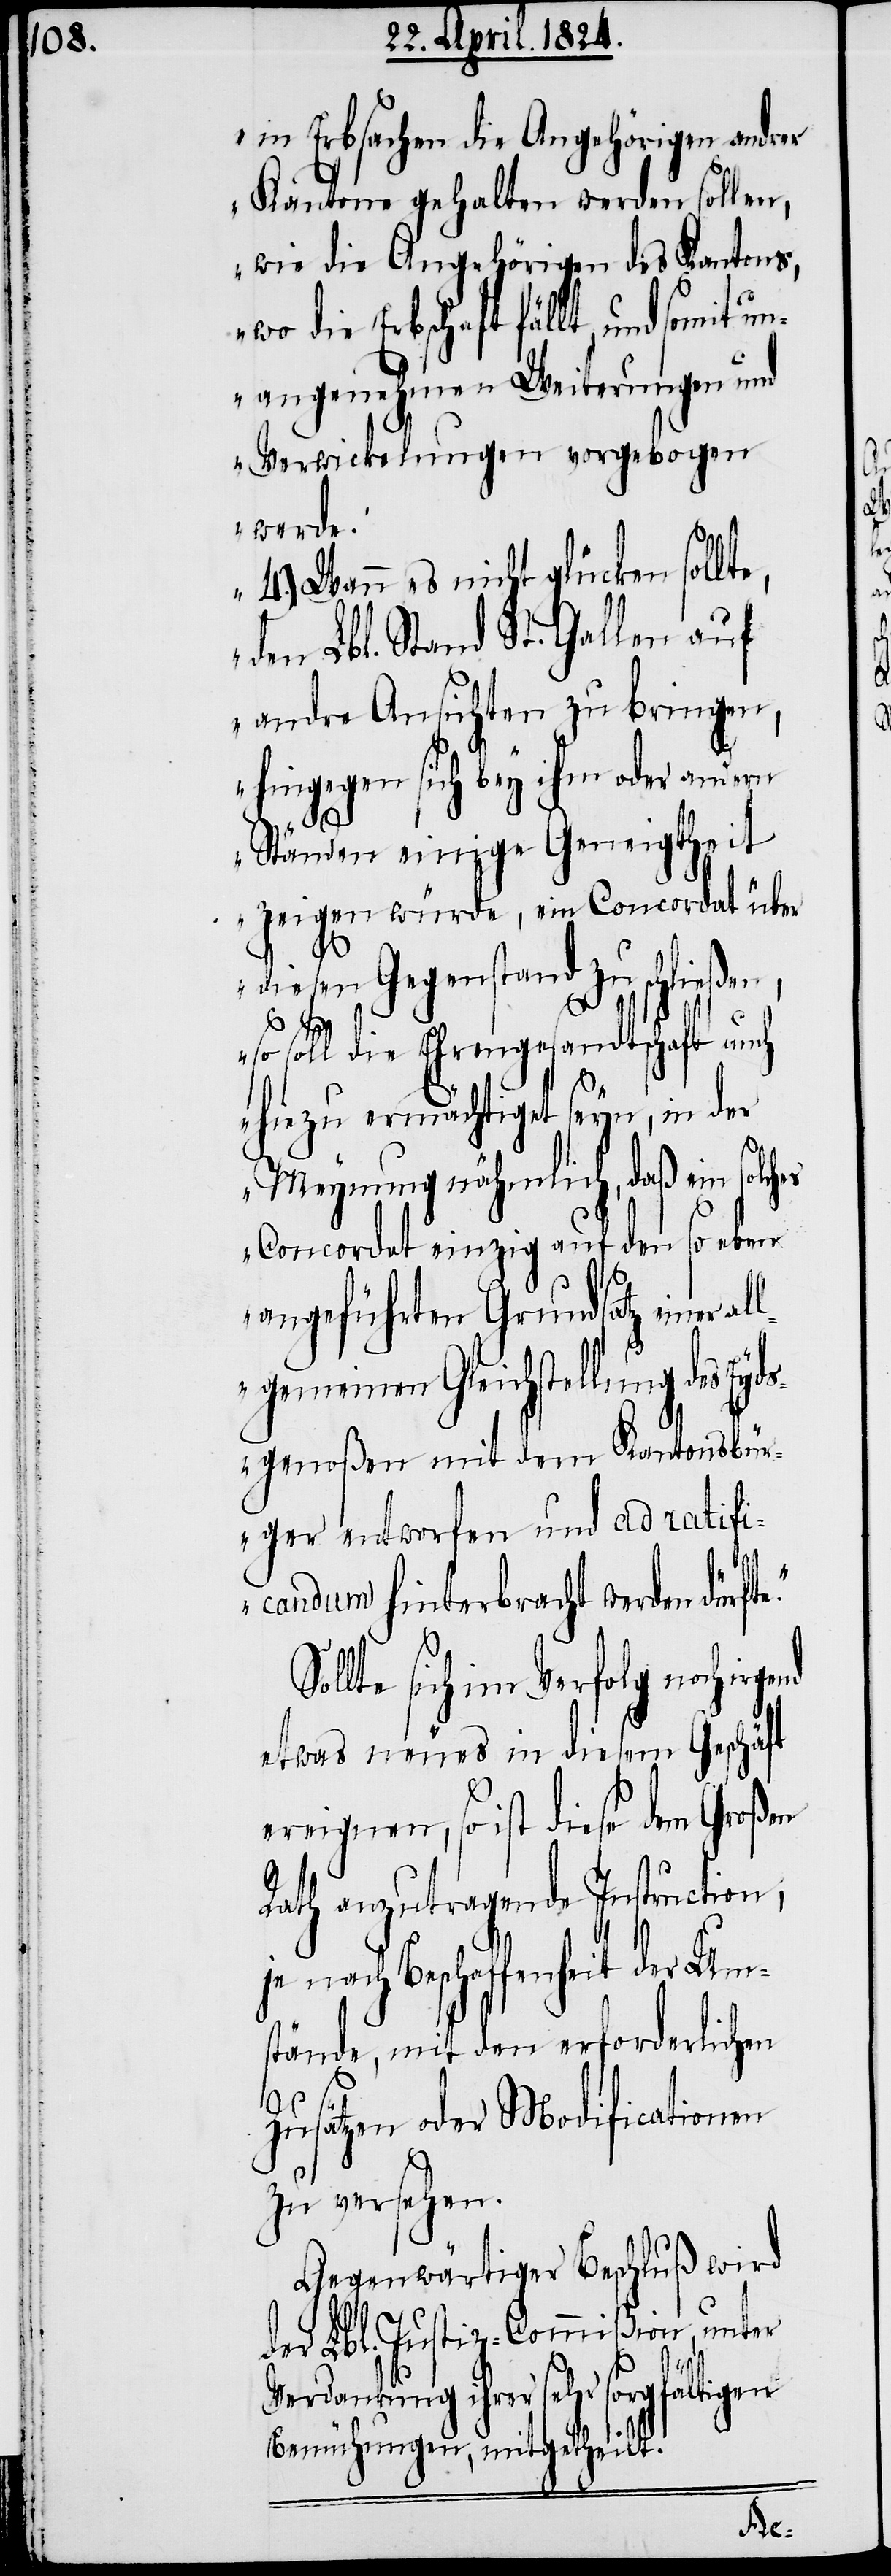
in Erbsachen die Angehörigen andrer
Kantone gehalten werden sollen,
wie die Angehörigen des Kantons,
wo die Erbschaft fällt, und somit
unangenehmen Weiterungen und
Verwicklungen vorgebogen
werde.
4.) Wenn es nicht glücken sollt¬
den Lbl. Stand St. Gallen auf
andre Ansichten zu bringen,
hingegen sich bey ihm oder andern
Ständen einige Geneigtheit
zeigen würde, ein Concordat über
diesen Gegenstand zu schließen,
so soll die Ehrengesandtschaft auch
hiezu ermächtiget seyn, in der
Meynung nähmlich, daß ein solch¬
es Concordat einzig auf den so eben
angeführten Grundsatz einer
lgemeinen Gleichstellung des Eyds¬
genoßen mit dem Kantonsbür¬
ger entworfen und ad ratifi¬
candum hinterbracht werden dürft¬
llte sich im Verfolg noch irg¬
etwas neues in diesem Geschäft
ereignen, so ist diese dem Großen
Rath anzutragende Instruction;
je nach Beschaffenheit der Um¬
stände, mit den erforderlichen
Zusätzem oder Modificationen
zu versehen.
Gegenwärtiger Beschluß wird
der Lbl. Justiz-Commißion, unter
end
Verdankung ihrer sehr sorgfältigen
Bemühungen, mitgetheilt.
So¬